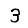
Digit: 3